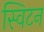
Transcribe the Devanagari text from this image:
स्विटन